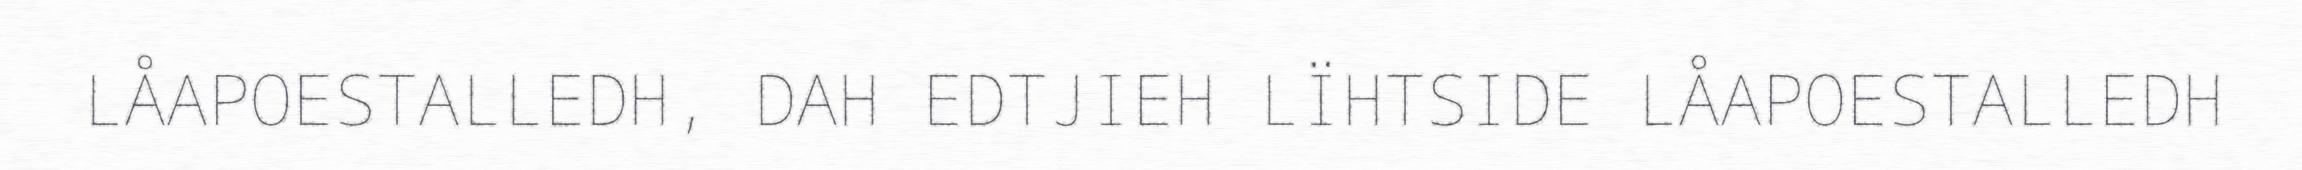
LÅAPOESTALLEDH, DAH EDTJIEH LÏHTSIDE LÅAPOESTALLEDH